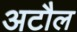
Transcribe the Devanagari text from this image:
अटौल